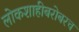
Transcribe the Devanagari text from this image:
लोकशाहीबरोबरच